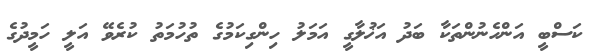
ކަސްބީ އަންހެނުންތަކާ ބަދު އަޚުލާގީ އަމަލު ހިންގިކަމުގެ ތުހުމަތު ކުރެވޭ އަލީ ހަމީދުގެ